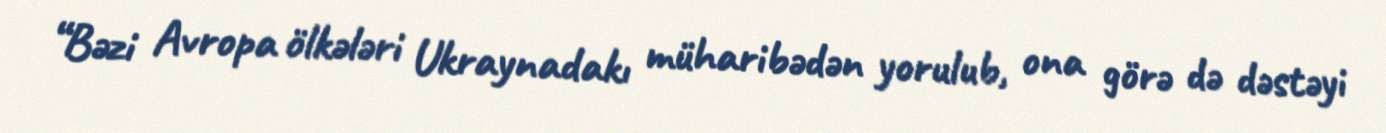
“Bəzi Avropa ölkələri Ukraynadakı müharibədən yorulub, ona görə də dəstəyi